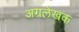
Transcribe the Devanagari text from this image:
अग्रलेखक